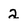
Character: 2